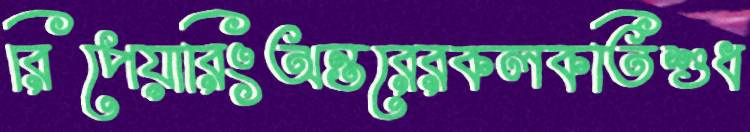
রিপেয়ারিংঅন্তরেরকলকতিশুধ